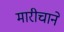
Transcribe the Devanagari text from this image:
मारीचाने